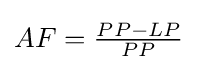
AF={\tfrac {PP-LP}{PP}}